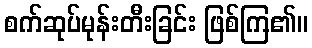
စက်ဆုပ်မုန်းတီးခြင်း ဖြစ်ကြ၏။